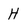
Character: H